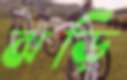
ঝড়ি